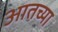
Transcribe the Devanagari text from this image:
आतच्या